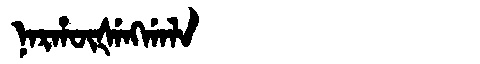
Manchu: ᠨᠠᡵᡥᡡᡧᡝᠩᡤᠠᠯᠠ
Romanization: NARHŪŠENGGALA